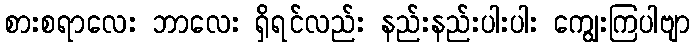
စားစရာလေး ဘာလေး ရှိရင်လည်း နည်းနည်းပါးပါး ကျွေးကြပါဗျာ